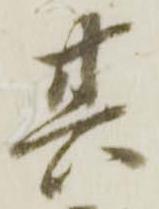
其